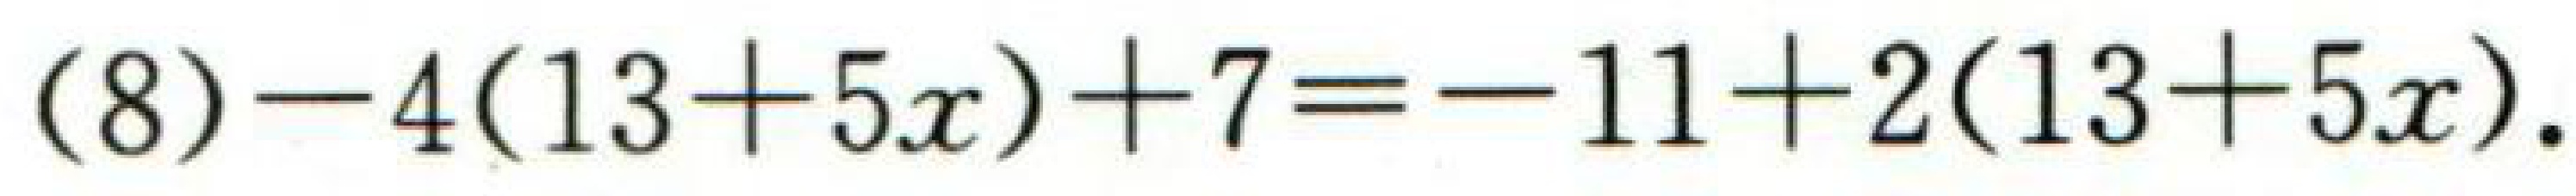
(8)$-4(13 + 5x)+7=-11 + 2(13 + 5x)$.